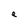
Character: e